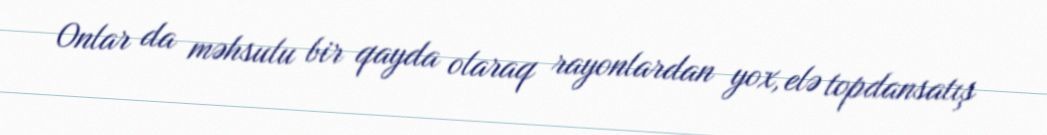
Onlar da məhsulu bir qayda olaraq rayonlardan yox, elə topdansatış